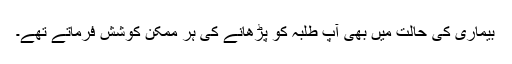
بیماری کی حالت میں بھی آپ طلبہ کو پڑھانے کی ہر ممکن کوشش فرماتے تھے۔